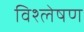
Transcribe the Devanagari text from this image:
विश्ल्‍ोषण